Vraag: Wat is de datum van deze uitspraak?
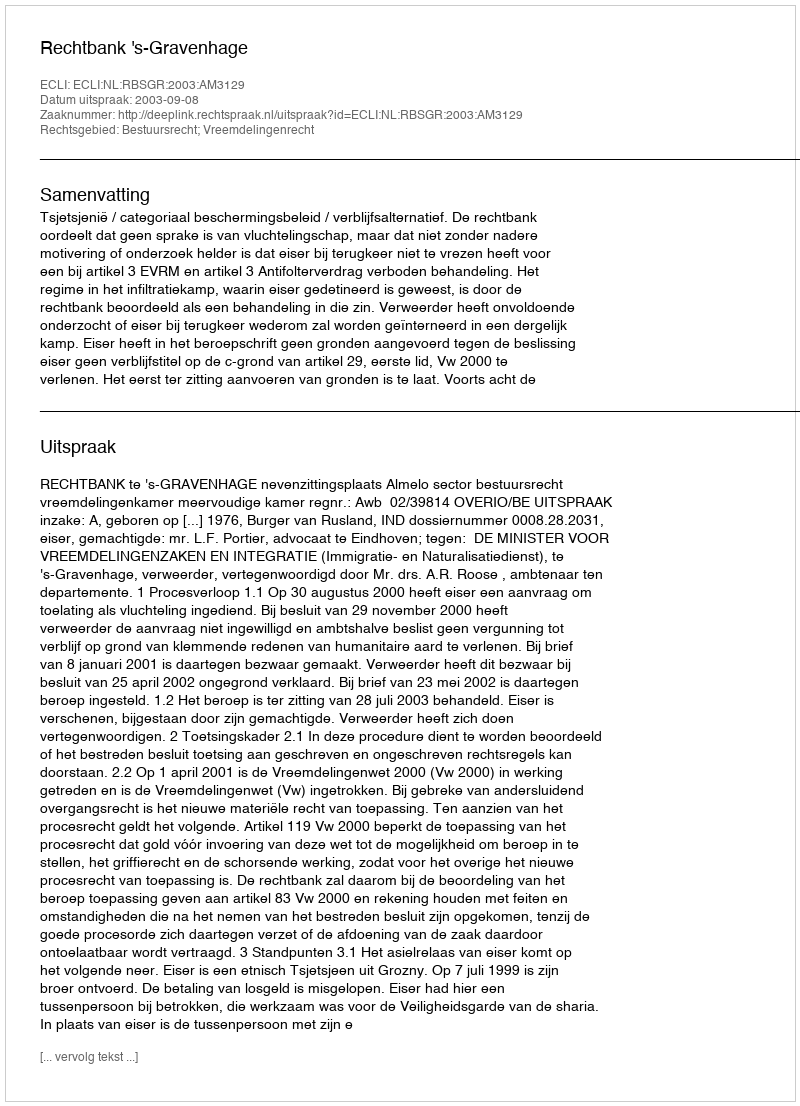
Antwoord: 2003-09-08